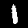
Digit: 1